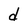
Character: d